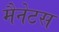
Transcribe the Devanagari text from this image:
मैनेटस